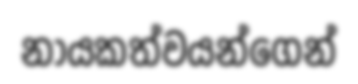
නායකත්වයන්ගෙන්